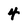
Character: 4